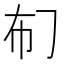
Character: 𱜡